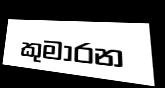
කුමාරන